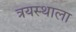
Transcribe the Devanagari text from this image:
त्रयस्थाला